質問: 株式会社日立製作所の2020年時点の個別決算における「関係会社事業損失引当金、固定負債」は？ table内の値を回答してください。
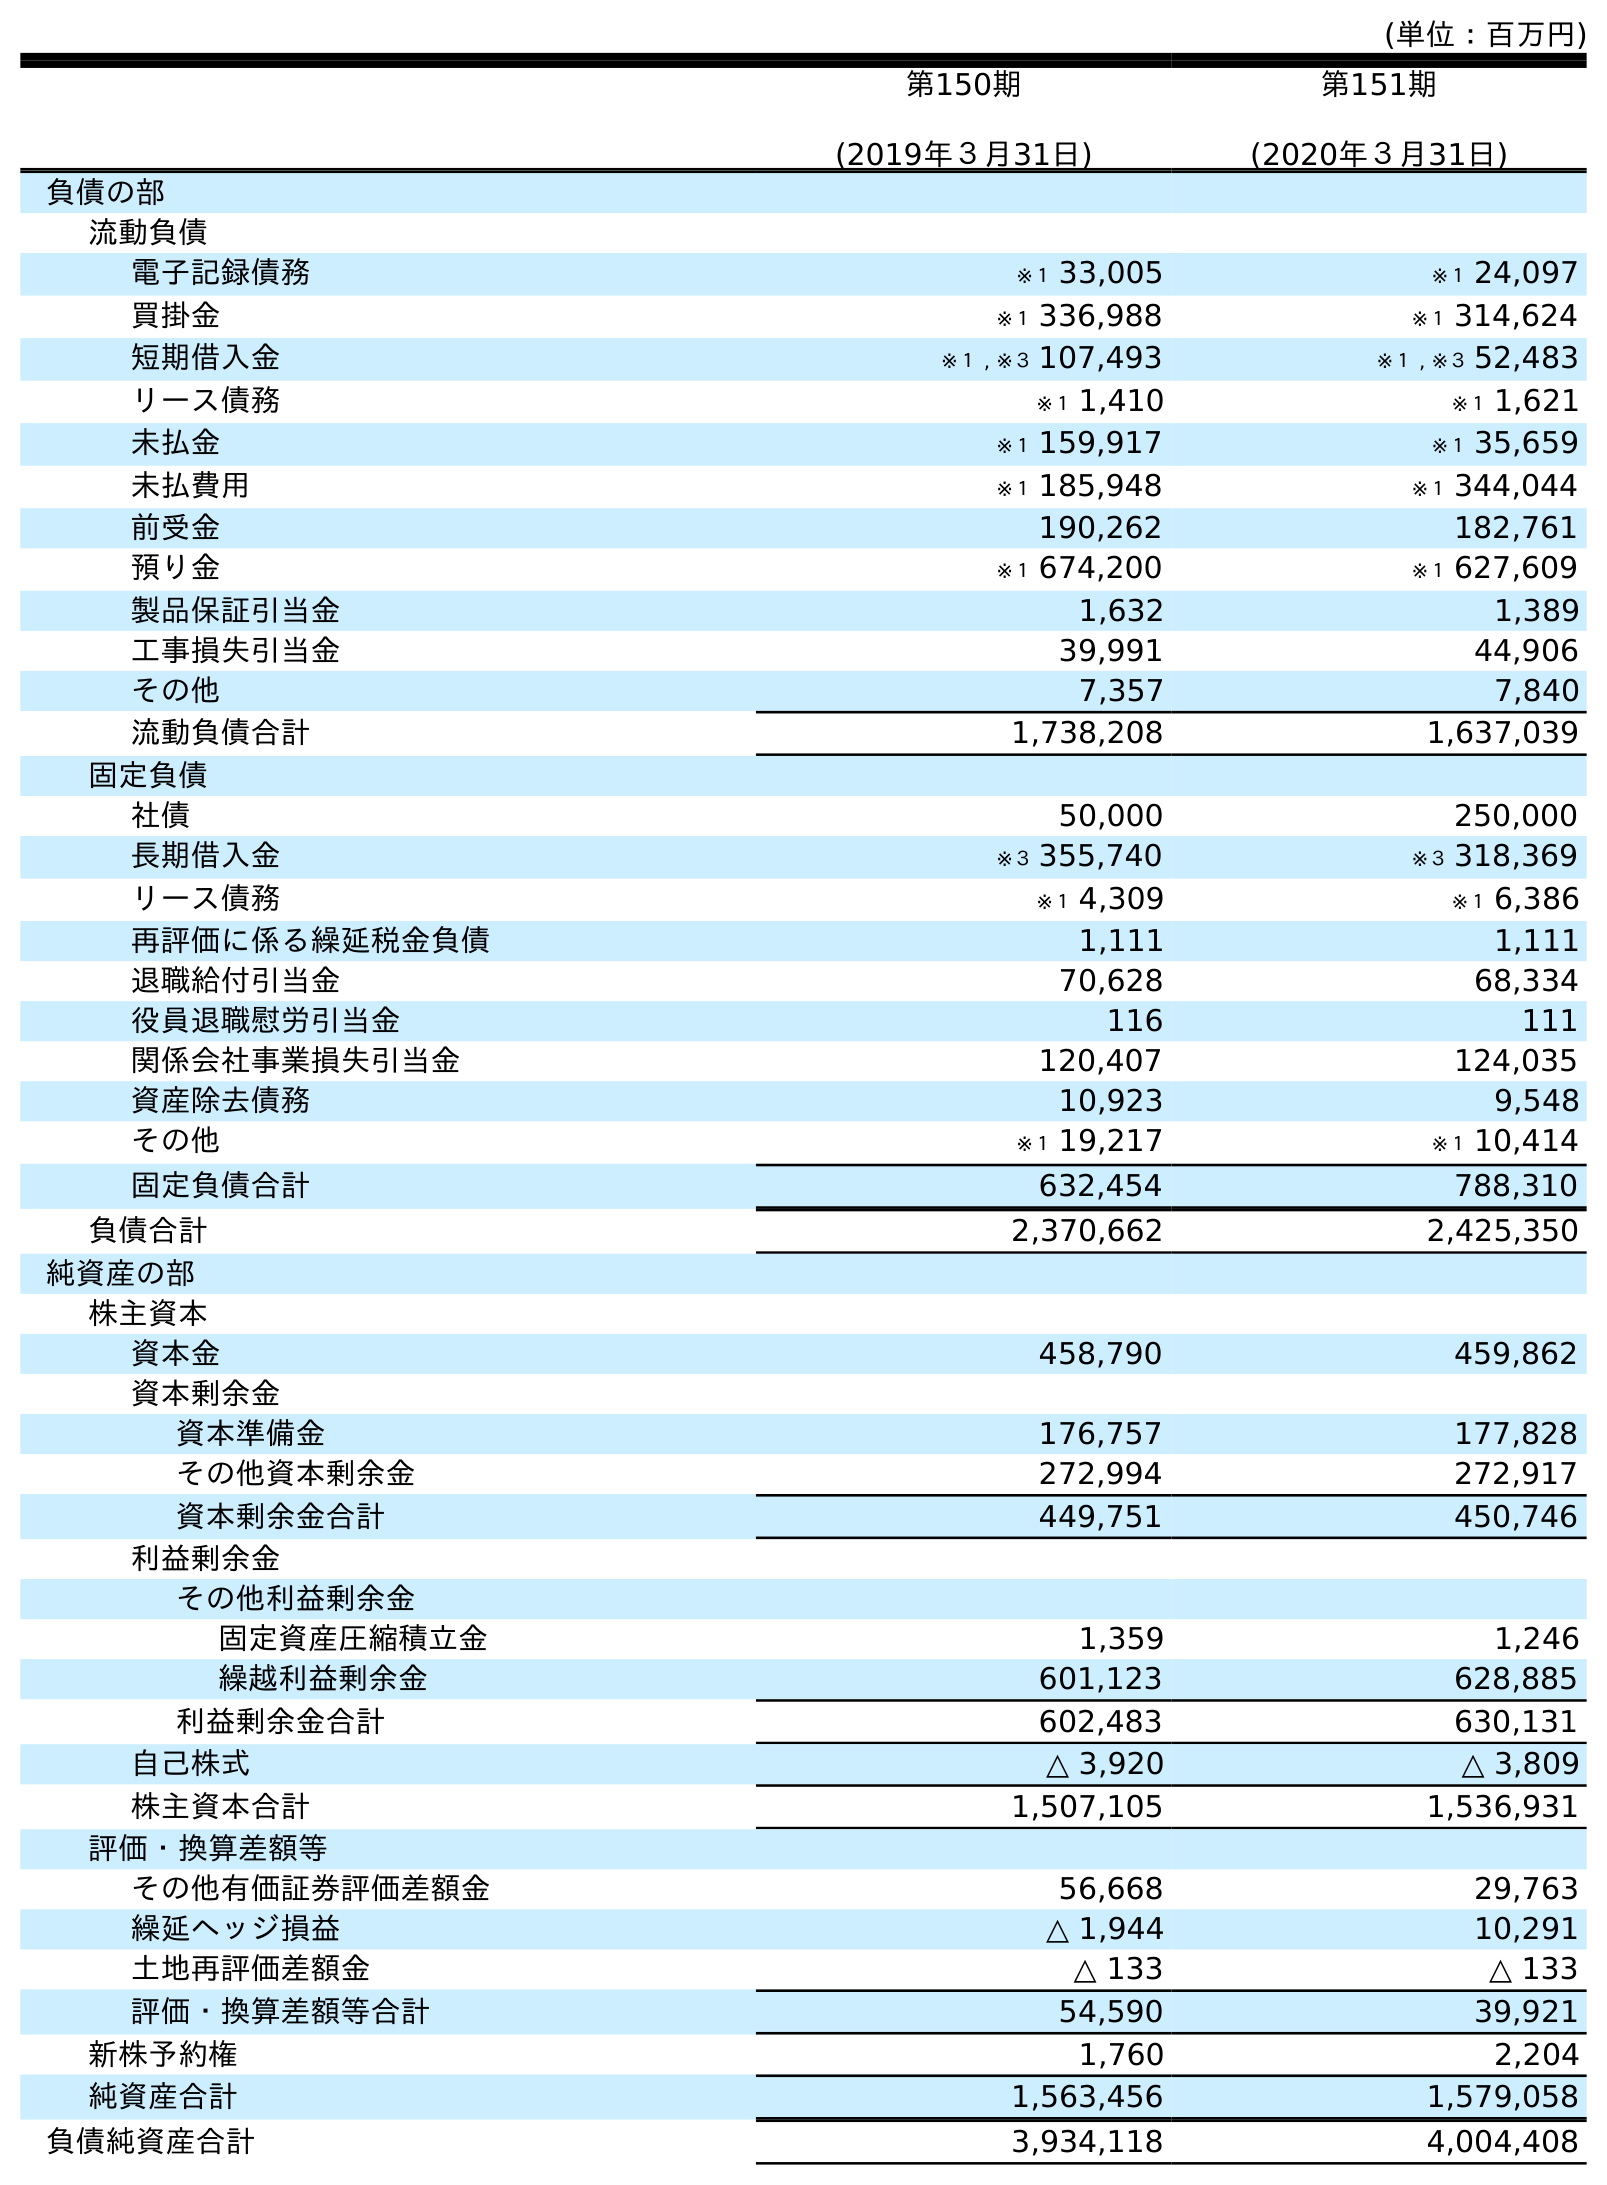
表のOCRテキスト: (単位：百万円) 第150期 (2019年３月31日) 第151期 (2020年３月31日) 負債の部 流動負債 電子記録債務 ※１ 33,005 ※１ 24,097 買掛金 ※１ 336,988 ※１ 314,624 短期借入金 ※１ , ※３ 107,493 ※１ , ※３ 52,483 リース債務 ※１ 1,410 ※１ 1,621 未払金 ※１ 159,917 ※１ 35,659 未払費用 ※１ 185,948 ※１ 344,044 前受金 190,262 182,761 預り金 ※１ 674,200 ※１ 627,609 製品保証引当金 1,632 1,389 工事損失引当金 39,991 44,906 その他 7,357 7,840 流動負債合計 1,738,208 1,637,039 固定負債 社債 50,000 250,000 長期借入金 ※３ 355,740 ※３ 318,369 リース債務 ※１ 4,309 ※１ 6,386 再評価に係る繰延税金負債 1,111 1,111 退職給付引当金 70,628 68,334 役員退職慰労引当金 116 111 関係会社事業損失引当金 120,407 124,035 資産除去債務 10,923 9,548 その他 ※１ 19,217 ※１ 10,414 固定負債合計 632,454 788,310 負債合計 2,370,662 2,425,350 純資産の部 株主資本 資本金 458,790 459,862 資本剰余金 資本準備金 176,757 177,828 その他資本剰余金 272,994 272,917 資本剰余金合計 449,751 450,746 利益剰余金 その他利益剰余金 固定資産圧縮積立金 1,359 1,246 繰越利益剰余金 601,123 628,885 利益剰余金合計 602,483 630,131 自己株式 △ 3,920 △ 3,809 株主資本合計 1,507,105 1,536,931 評価・換算差額等 その他有価証券評価差額金 56,668 29,763 繰延ヘッジ損益 △ 1,944 10,291 土地再評価差額金 △ 133 △ 133 評価・換算差額等合計 54,590 39,921 新株予約権 1,760 2,204 純資産合計 1,563,456 1,579,058 負債純資産合計 3,934,118 4,004,408
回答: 124,035